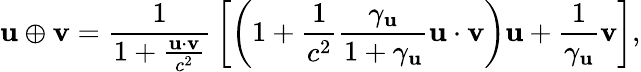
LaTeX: \mathbf{u}\oplus\mathbf{v}={\frac{1}{1+{\frac{\mathbf{u}\cdot\mathbf{v}}{c^{2}}}}}\left[\left(1+{\frac{1}{c^{2}}}{\frac{\gamma_{\mathbf{u}}}{1+\gamma_{\mathbf{u}}}}\mathbf{u}\cdot\mathbf{v}\right)\mathbf{u}+{\frac{1}{\gamma_{\mathbf{u}}}}\mathbf{v}\right],